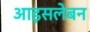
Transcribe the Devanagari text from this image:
आइसलेबन